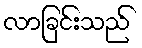
လာခြင်းသည်